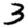
Digit: 3